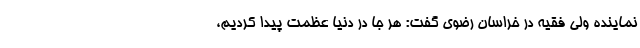
نماینده ولی فقیه در خراسان رضوی گفت: هر جا در دنیا عظمت پیدا کردیم،